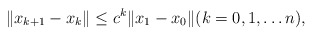
\begin{align*}\|x_{k+1}-x_k\|\le c^k\|x_1-x_0\|(k=0,1,\ldots n),\end{align*}